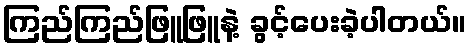
ကြည်ကြည်ဖြူဖြူနဲ့ ခွင့်ပေးခဲ့ပါတယ်။